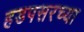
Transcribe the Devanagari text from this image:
हडपसरच्या